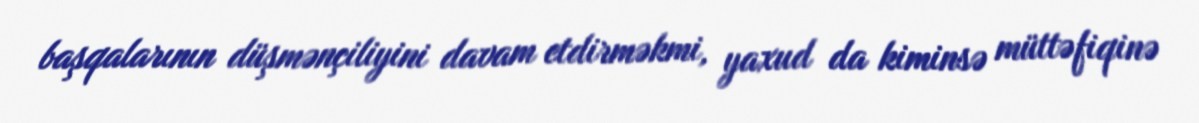
başqalarının düşmənçiliyini davam etdirməkmi, yaxud da kiminsə müttəfiqinə